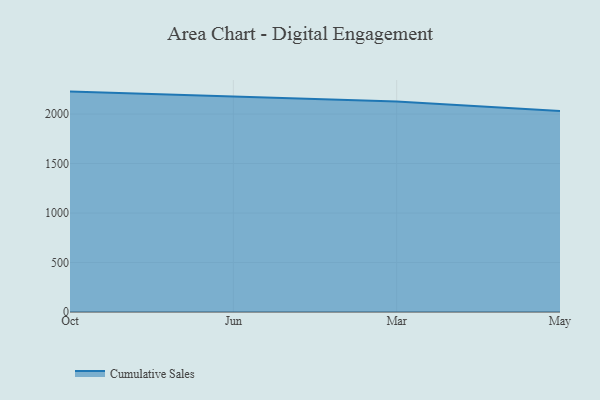
{"axis": {"x": "Month", "y": "Page Views"}, "legend": ["Cumulative Sales"], "data": [{"x": "Oct", "y": 2226.4, "type": "Cumulative Sales"}, {"x": "Jun", "y": 2173.6, "type": "Cumulative Sales"}, {"x": "Mar", "y": 2127.1, "type": "Cumulative Sales"}, {"x": "May", "y": 2029.5, "type": "Cumulative Sales"}]}